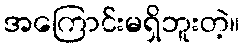
အကြောင်းမရှိဘူးတဲ့။